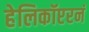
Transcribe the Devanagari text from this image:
हेलिकॉप्टरनं